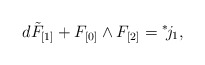
\begin{align*}d \tilde F_{[1]} + F_{[0]} \wedge F_{[2]} ={}^*\! j_1,\end{align*}